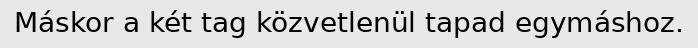
Máskor a két tag közvetlenül tapad egymáshoz.